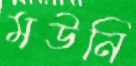
মউনি